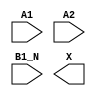
module sky130_fd_sc_lp__a21bo (
    //# {{data|Data Signals}}
    input  A1  ,
    input  A2  ,
    input  B1_N,
    output X
);

    // Voltage supply signals
    supply1 VPWR;
    supply0 VGND;
    supply1 VPB ;
    supply0 VNB ;

endmodule